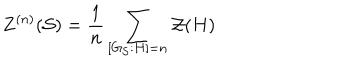
Z ^ { ( n ) } ( \mathcal { S } ) = \frac { 1 } { n } \sum _ { \left[ G _ { \mathcal { S } } : H \right] = n } \mathcal { Z } ( H )